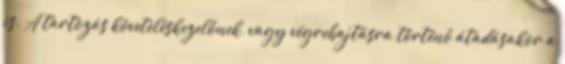
is. A tartozás követeléskezelőnek, vagy végrehajtásra történő átadásakor a